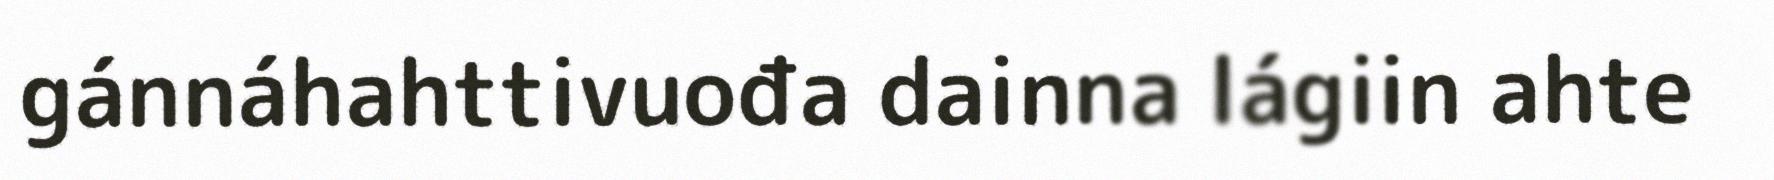
gánnáhahttivuođa dainna lágiin ahte